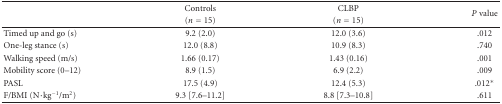
<table><thead><tr><td><b> </b></td><td><b>Controls</b></td><td><b>CLBP</b></td><td rowspan="2"><b><i>P</i> value</b></td></tr><tr><td><b> </b></td><td><b>(<i>n</i> = 15)</b></td><td><b>(<i>n</i> = 15)</b></td></tr></thead><tbody><tr><td>Timed up and go (s)</td><td>9.2 (2.0)</td><td>12.0 (3.6)</td><td>.012</td></tr><tr><td>One-leg stance (s)</td><td>12.0 (8.8)</td><td>10.9 (8.3)</td><td>.740</td></tr><tr><td>Walking speed (m/s)</td><td>1.66 (0.17)</td><td>1.43 (0.16)</td><td>.001</td></tr><tr><td>Mobility score (0–12)</td><td>8.9 (1.5)</td><td>6.9 (2.2)</td><td>.009</td></tr><tr><td>PASL</td><td>17.5 (4.9)</td><td>12.4 (5.3)</td><td>.012<sup>∗</sup></td></tr><tr><td>F/BMI (N·kg<sup>-1</sup>/m<sup>2</sup>)</td><td>9.3 [7.6–11.2]</td><td>8.8 [7.3–10.8]</td><td>.611</td></tr></tbody></table>